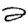
Digit: 2